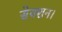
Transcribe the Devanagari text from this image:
सेक्शन।